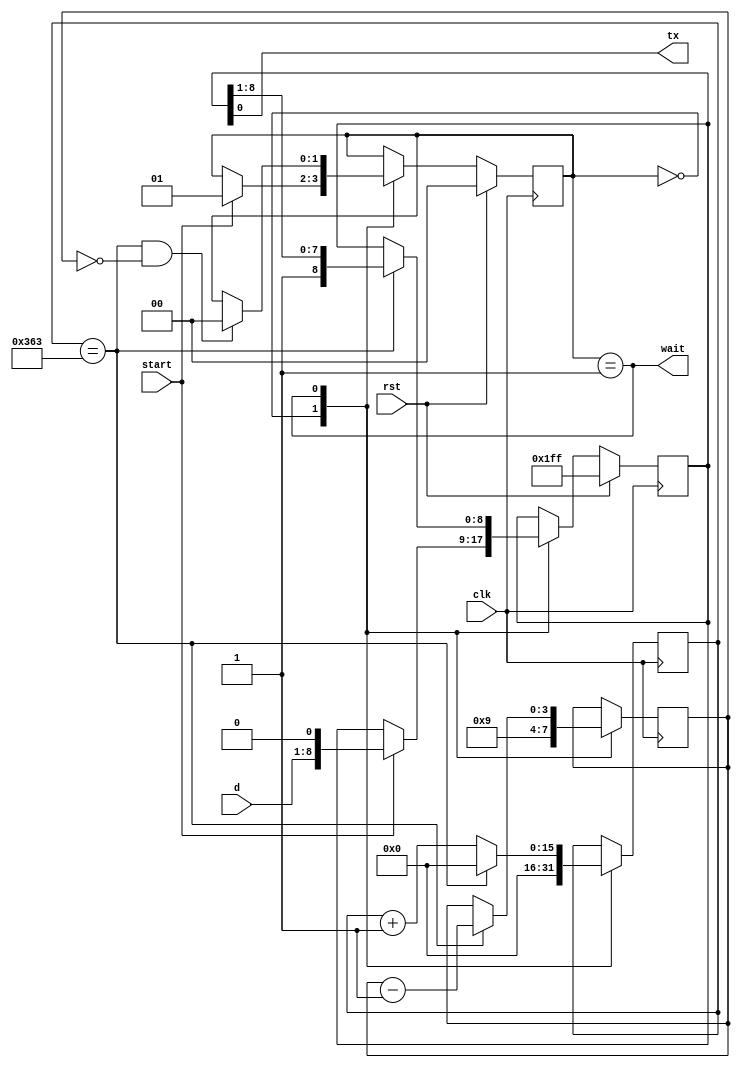
module uarttx #(parameter CLKDIV = (100000000/115200)) (
	input clk,
	input rst,
	input [7:0] d,
	input start,
	output tx,
	output wait);

	localparam
		Idle = 0, Writing = 1;

	reg [1:0] state;
	reg [15:0] bitclock;
	reg [3:0] bitcount;
	reg [8:0] data;

	assign tx = data[0];
	assign wait = state == Writing;
	wire fullbittime = bitclock == CLKDIV - 1'd1;
	wire [3:0] maxbit = 4'd9;
	wire lastbit = bitcount == 0;

	always @(posedge clk)
	if (rst)
		state <= Idle;
	else case (state)
		Idle:
			if (start) state <= Writing;
		Writing:
			if (fullbittime & lastbit) state <= Idle;
	endcase

	always @(posedge clk)
	case (state)
		Idle:
			bitcount <= maxbit;
		Writing:
			if (fullbittime) bitcount <= bitcount - 1'd1;
	endcase

	always @(posedge clk)
	case (state)
		Idle:
			bitclock <= 0;
		Writing:
			if (fullbittime) bitclock <= 0;
			else bitclock <= bitclock + 1'd1;
	endcase

	always @(posedge clk)
	if (rst)
		data <= ~0;
	else case (state)
		Idle:
			if (start)
				data <= {d,1'b0};
		Writing:
			if (fullbittime)
				data <= {1'b1,data[8:1]};
	endcase

endmodule